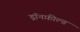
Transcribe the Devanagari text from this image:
ड्रॉनफ़ील्ड